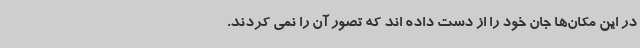
در این مکان‌ها جان خود را از دست داده اند که تصور آن را نمی کردند.